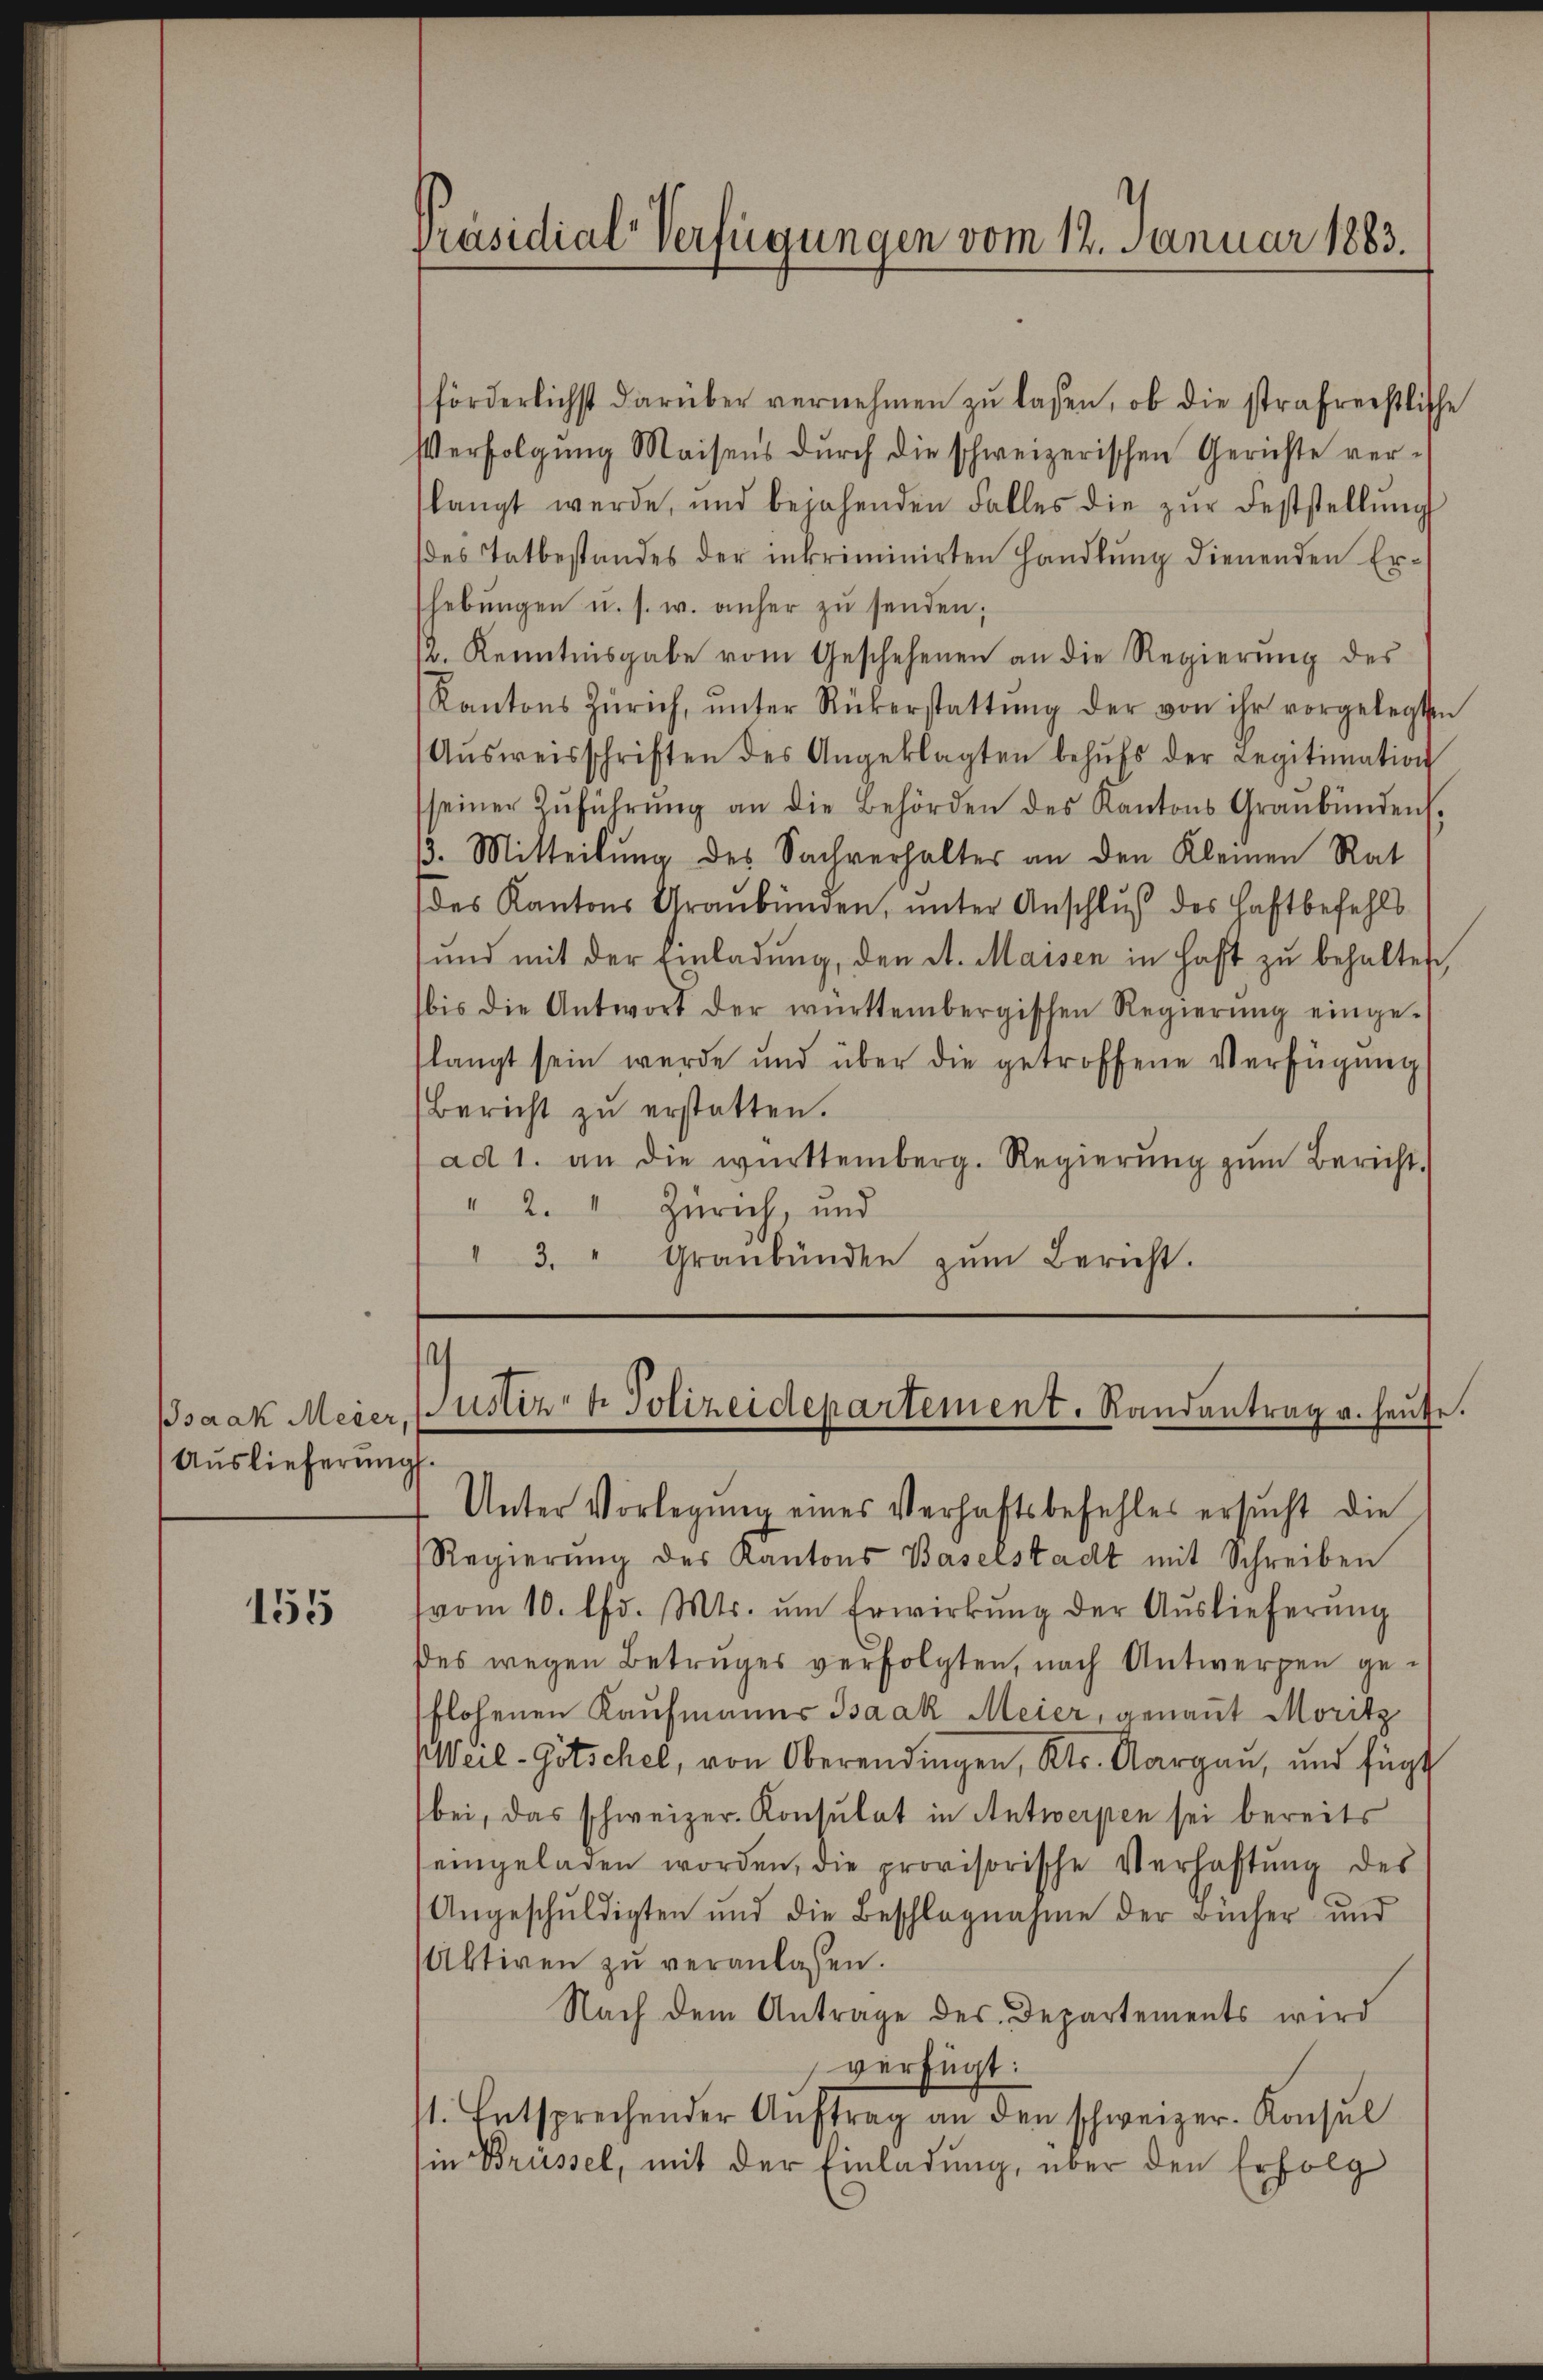
Isaak Meier,
Auslieferung.

155

Präsidial-Verfügungen vom 12. Januar 1883.

s
pustiz- & Polizeidepartement. Randantrag u. heute.

förderlichst darüber vernehmen zŭ lassen, ob die strafreistliche
Verfolgung Maisens durch die schweizerischen Gerichte verslangt werde, und bejahenden Falles die zŭr Feststellŭng
des Tatbestandes der inkriminirten Handlung dienenden Erhebŭngen u. s. w. anher zŭ senden;
r. Kenntnisgabe vom Geschehenen an die Regierung des
Kantons Zürich, ŭnter Rükerstattŭng der von ihr vorgelegten
Aŭsweisschriften des Angeklagten behŭfs der Legitimation
seiner Zŭführŭng an die Behörden des Kantons Graubünden.
. Mitteilung des Sachverhalter an den Kleinen Rat
(des Kantons Graubünden, unter Anschluß des Haftbefehls
sund mit der Einladŭng, den St. Maisen in haft zŭ behalten,
bis die Antwort der württembergischen Regierŭng einge-
langt sein werde und über die getroffene Verfügung
Bericht zu erstatten.
ad 1. an die württemberg. Regierŭng zŭm Bericht.
" 2. Zürich, und
" 3. " Graubünden zŭm Bericht.

Unter Vorlegŭng eines Verhaftsbefehles ersucht die
Regierŭng des Kantons Baselstadt mit Schreiben
vom 10. lfd. Mts. ŭm Erwirkŭng der Auslieferŭng
Des wegen Betruges verfolgten, nach Antwerpen geflohenen Kaufmanns Isaak Meier, genant Moritz
Weil-Götschel, von Oberendingen, Kts. Aargau, und fügt
bei, das schweizer-Konsulat in Antwerpen sei bereits
eingeladen worden, die provisorische Verhaltŭng des
Angeschuldigten und die Beschlagnahme der Bücher und
Aktiven zŭ veranlassen.
Nach dem Antrage des Departements wird
verfügt:
st. Entsprechender Aŭftrag an den schweizer-Konsul
Iin Brüssel, mit der Einladung, über den Erfolg